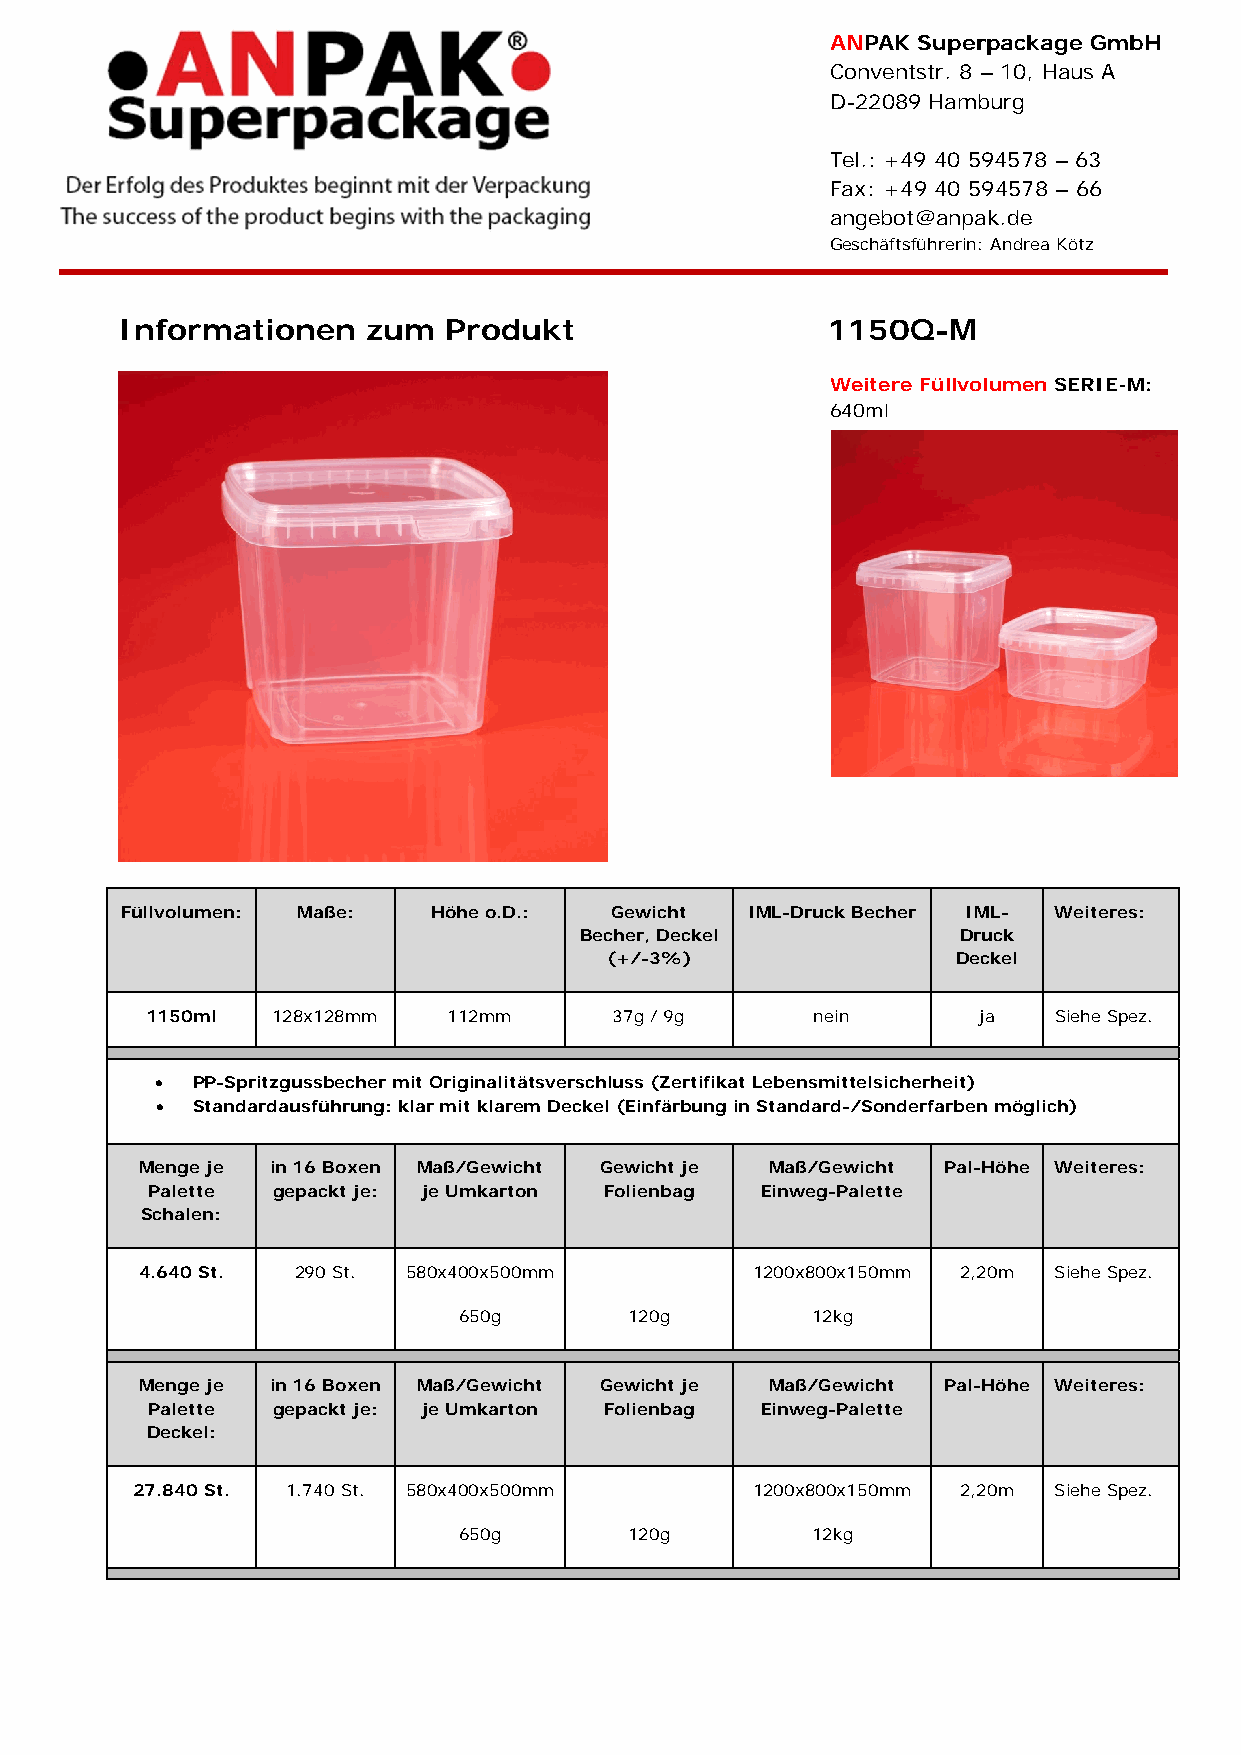
ANPAK Superpackage GmbH
 Conventstr. 8 – 10, Haus A
 D-22089 Hamburg
 Tel.: +49 40 594578 – 63
 Fax: +49 40 594578 – 66
 angebot@anpak.de
 Geschäftsführerin: Andrea Kötz
 Informationen   zum  Produkt                   1150Q-M
 Weitere Füllvolumen SERIE-M:
 640ml
 Füllvolumen: Maße:   Höhe o.D.: Gewicht  IML-Druck Becher IML- Weiteres:
 Becher, Deckel           Druck
 (+/-3%)                Deckel
 1150ml  128x128mm   112mm      37g / 9g     nein       ja   Siehe Spez.
   PP-Spritzgussbecher mit Originalitätsverschluss (Zertifikat Lebensmittelsicherheit)
   Standardausführung: klar mit klarem Deckel (Einfärbung in Standard-/Sonderfarben möglich)
 Menge je in 16 Boxen Maß/Gewicht Gewicht je Maß/Gewicht Pal-Höhe Weiteres:
 Palette gepackt je: je Umkarton Folienbag Einweg-Palette
 Schalen:
 4.640 St. 290 St. 580x400x500mm          1200x800x150mm 2,20m Siehe Spez.
 650g        120g        12kg
 Menge je in 16 Boxen Maß/Gewicht Gewicht je Maß/Gewicht Pal-Höhe Weiteres:
 Palette gepackt je: je Umkarton Folienbag Einweg-Palette
 Deckel:
 27.840 St. 1.740 St. 580x400x500mm       1200x800x150mm 2,20m Siehe Spez.
 650g        120g        12kg